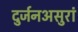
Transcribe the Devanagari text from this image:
दुर्जनअसुरां